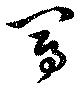
冩